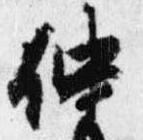
仲